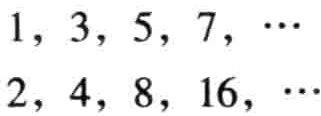
$1, 3, 5, 7, \cdots$
$2, 4, 8, 16, \cdots$